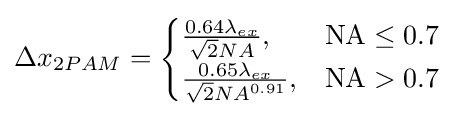
\Delta x_{2PAM}={\begin{cases}{\frac {0.64\lambda _{ex}}{{\sqrt {2}}NA}},&{\text{NA}}\leq {\text{0.7}}\\{\frac {0.65\lambda _{ex}}{{\sqrt {2}}{NA}^{0.91}}},&{\text{NA}}>{\text{0.7}}\end{cases}}